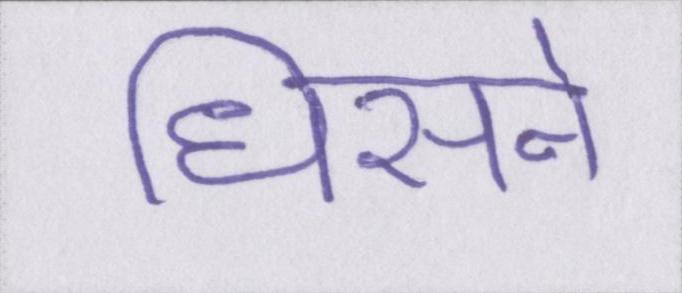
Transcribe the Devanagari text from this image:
धिसने